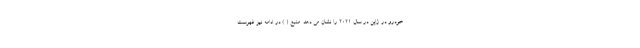
خودرو در ژاپن در سال 2021 را نشان می دهد. منبع ( ) در ادامه نیز فهرست